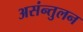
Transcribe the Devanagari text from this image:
असंन्तुलन